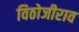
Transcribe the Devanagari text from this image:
विठोजीराव